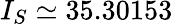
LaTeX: I_{S}\simeq 35.30153